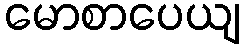
မောစာပေယျ